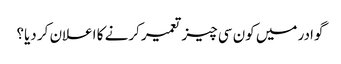
گوادر میں کون سی چیز تعمیر کرنے کا اعلان کر دیا؟